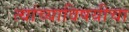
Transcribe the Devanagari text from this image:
त्यांच्याविषयीचा